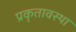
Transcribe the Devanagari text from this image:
प्रकृतावस्था